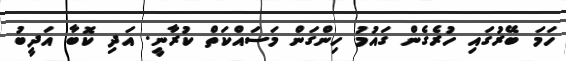
ހަމަ ބޭރުގައި ހުރެގެން ގައުމު ހިންގަން މަސައްކަތް ކުރާނީ. އަދި ކޮބާ އަދީބު